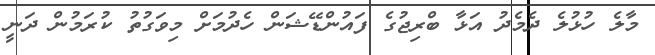
މާލެ ހުޅުލެ ދެމެދު އަޅާ ބްރިޖުގެ ފައުންޑޭޝަން ހެދުމަށް މިވަގުތު ކުރަމުން ދަނީ